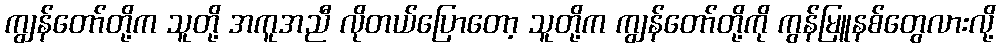
ကျွန်တော်တို့က သူတို့ အကူအညီ လိုတယ်ပြောတော့ သူတို့က ကျွန်တော်တို့ကို ကွန်မြူနစ်တွေလားလို့